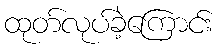
ထုတ်လုပ်ခဲ့ကြောင်း